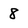
Character: 8